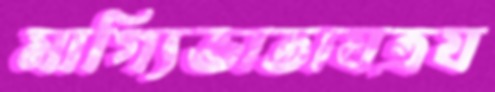
মাগ্যিভাতাযত্রয